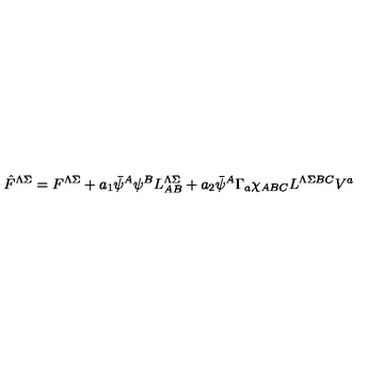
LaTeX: \hat { F } ^ { \Lambda \Sigma } = F ^ { \Lambda \Sigma } + a _ { 1 } \bar { \psi } ^ { A } \psi ^ { B } L _ { A B } ^ { \Lambda \Sigma } + a _ { 2 } \bar { \psi } ^ { A } \Gamma _ { a } \chi _ { A B C } L ^ { \Lambda \Sigma B C } V ^ { a }